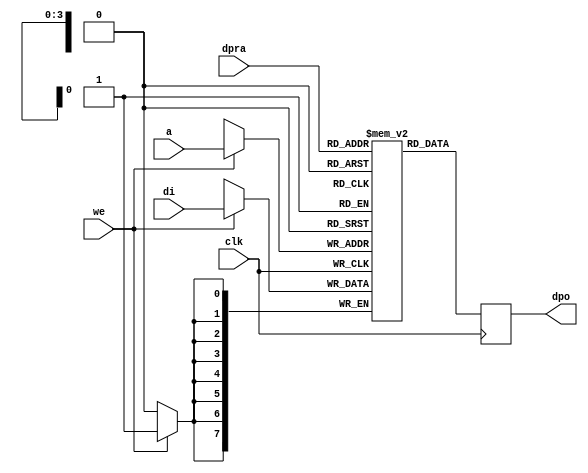
/*------------------------------------------------------------------------------
--------------------------------------------------------------------------------
Copyright (c) 2016, Loongson Technology Corporation Limited.

All rights reserved.

Redistribution and use in source and binary forms, with or without modification,
are permitted provided that the following conditions are met:

1. Redistributions of source code must retain the above copyright notice, this 
list of conditions and the following disclaimer.

2. Redistributions in binary form must reproduce the above copyright notice, 
this list of conditions and the following disclaimer in the documentation and/or
other materials provided with the distribution.

3. Neither the name of Loongson Technology Corporation Limited nor the names of 
its contributors may be used to endorse or promote products derived from this 
software without specific prior written permission.

THIS SOFTWARE IS PROVIDED BY THE COPYRIGHT HOLDERS AND CONTRIBUTORS "AS IS" AND 
ANY EXPRESS OR IMPLIED WARRANTIES, INCLUDING, BUT NOT LIMITED TO, THE IMPLIED 
WARRANTIES OF MERCHANTABILITY AND FITNESS FOR A PARTICULAR PURPOSE ARE 
DISCLAIMED. IN NO EVENT SHALL LOONGSON TECHNOLOGY CORPORATION LIMITED BE LIABLE
TO ANY PARTY FOR DIRECT, INDIRECT, INCIDENTAL, SPECIAL, EXEMPLARY, OR 
CONSEQUENTIAL DAMAGES (INCLUDING, BUT NOT LIMITED TO, PROCUREMENT OF SUBSTITUTE 
GOODS OR SERVICES; LOSS OF USE, DATA, OR PROFITS; OR BUSINESS INTERRUPTION) 
HOWEVER CAUSED AND ON ANY THEORY OF LIABILITY, WHETHER IN CONTRACT, STRICT 
LIABILITY, OR TORT (INCLUDING NEGLIGENCE OR OTHERWISE) ARISING IN ANY WAY OUT OF
THE USE OF THIS SOFTWARE, EVEN IF ADVISED OF THE POSSIBILITY OF SUCH DAMAGE.
--------------------------------------------------------------------------------
------------------------------------------------------------------------------*/

module raminfr(clk, we, a, dpra, di, dpo); 

parameter addr_width = 4;
parameter data_width = 8;
parameter depth = 16;

input clk;   
input we;   
input  [addr_width-1:0] a;   
input  [addr_width-1:0] dpra;   
input  [data_width-1:0] di;   
output [data_width-1:0] dpo;   
reg    [data_width-1:0] ram [depth-1:0]; 

wire   [data_width-1:0] di;   
wire   [addr_width-1:0] a;   
wire   [addr_width-1:0] dpra;   
 
always @(posedge clk) begin
    if (we)   
      ram[a] <= di;   
end   
reg    [data_width-1:0] dpo;

always @(posedge clk)
    dpo <= ram[dpra];

endmodule